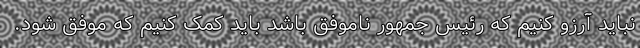
نباید آرزو کنیم که رئیس جمهور ناموفق باشد باید کمک کنیم که موفق شود.